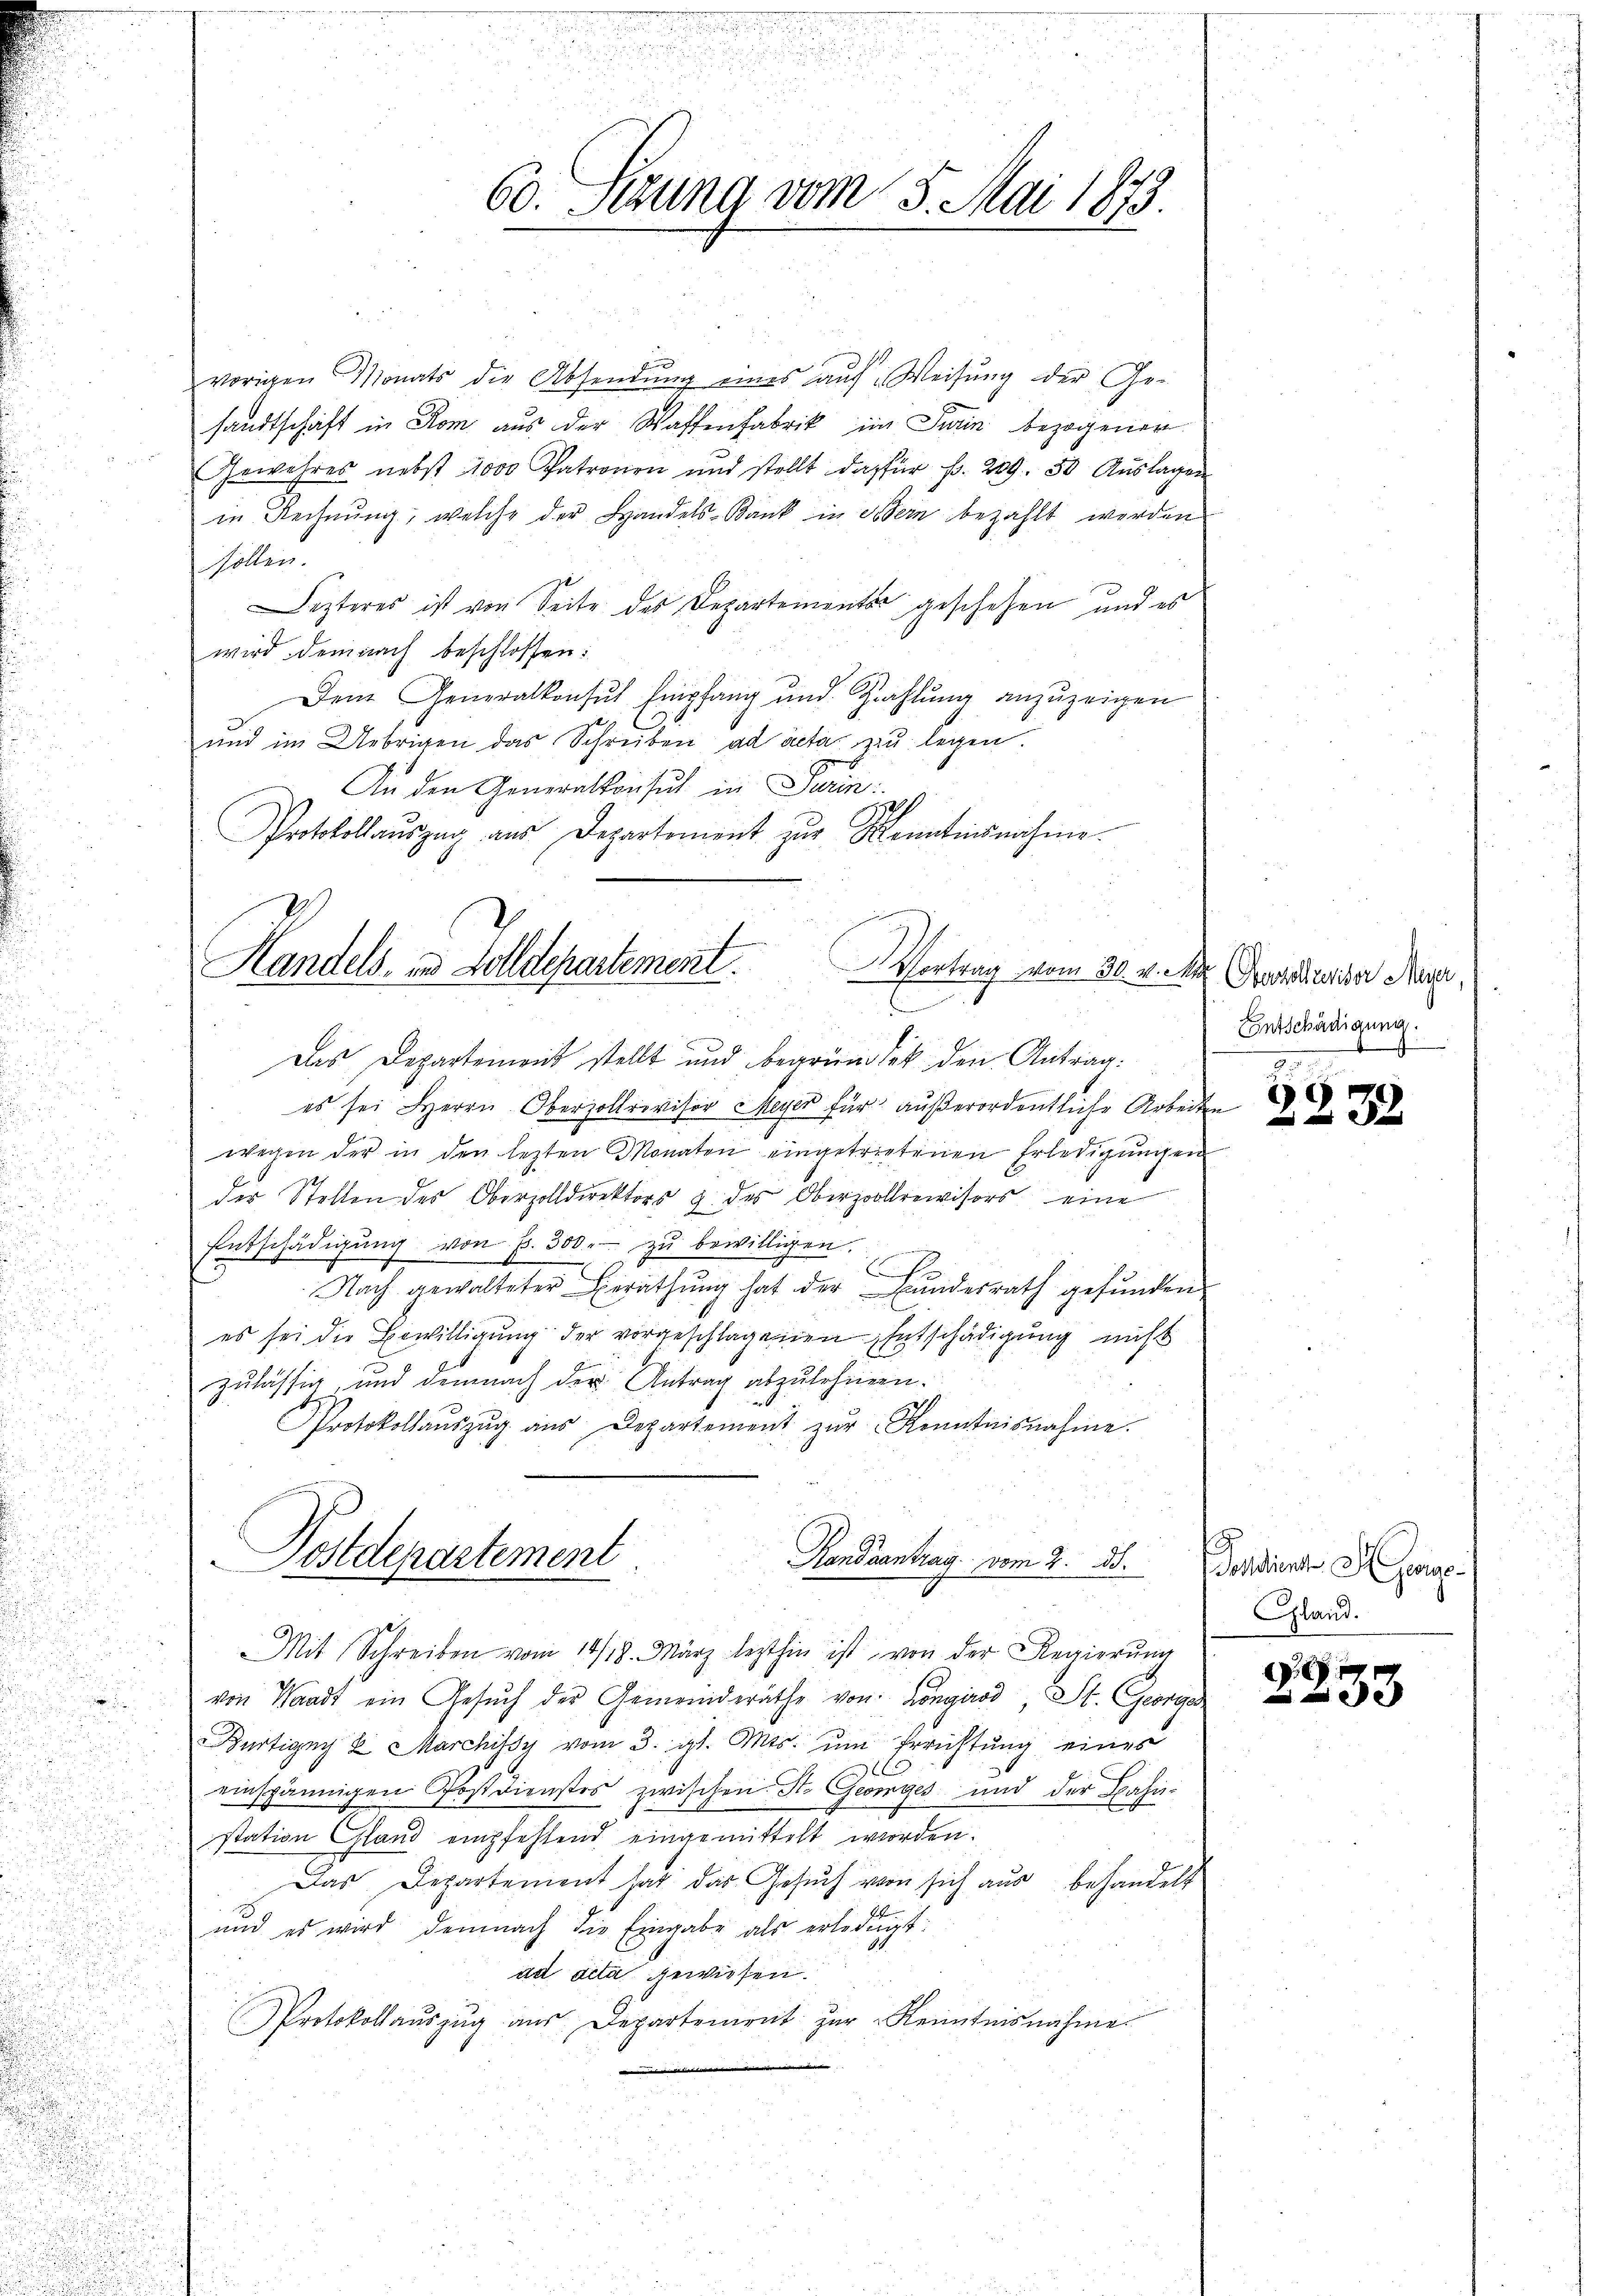
.

60. Stund vom 8. Mai 1873.

e
vorigen Monats die Absendung eines auf Weisung der Gesandtschaft in Rom aus der Waffenfabrik im Turin bezogener
Gewahres nebst 1000 Patronen und stellt dafür fr. 209. 30 Aŭslagen
in Rechnung, welche der Handels-Bank in Bern bezahlt werden
höllen
Lezteres ist von Seite des Departementar geschehen, und es
wird demnach beschlossen:
Dem Generalkonsŭt Empfang und Zahlŭng anzuzeigen
und im Uebrigen das Schreiben ad acta zu legen
An den Generalkonsul in Turin
Protokollaŭszŭg aŭs Departement zŭr Kenntensnahme.
Handels in Zolldepartement.
Vortrag vom 30. v. M. persoluerider Meyer,

E

Das Departement stellt und begründlik den Antrag:
es sei Herrn Oberzollrovisor Meyer für außerordentliche Arbeiten
wegen der in den lezten Monaten eingetrietenen Erledigungen
der Stellen des Oberzolldirektors & des Oberpoollrevisors eine
Entschädigŭng von Fr. 300.- zŭ bewilligen.
E
f
Nach gewalteter Berathung hat der Landesrath gefunden
es sei die Bewilligung der vorgeschlagenen Entschädigung nicht
zulässig, und demnach der Antrag abzulehnen.
r
Protokollaŭszŭg aŭs Departement zŭr Kenntnisnahme.
 Mit Schreiben vom 10/18. März lezthin ist von der Regierŭng
von Waadt ein Gesŭch der Gemeinderäthe von Longirod, St. Georges
Bürtigny u. Marchitsy vom 3. gl. Mts. ŭm Errichtŭng eines
einspännigen Postdienstes zwischen St. Georges und der Bahn-
station land empfehlend eingemittelt worden.
Das Departement hat das Gesŭch von sich aus behandelt
und es wird demnach die Eingabe als erledigt:
ad acta gewiesen.
Protokollaŭszŭg aŭs Departement zŭr Kenntnisnahme

Postdepartement
Handsantrag vom 2. d.

Entschädigung.

2233

ondient Haup
Gland.

33